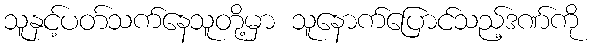
သူနှင့်ပတ်သက်နေသူတို့မှာ သူနောက်ပြောင်သည့်ဒဏ်ကို